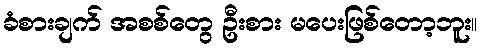
ခံစားချက် အစစ်တွေ ဦးစား မပေးဖြစ်တော့ဘူး။